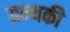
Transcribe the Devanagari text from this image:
ग्रन्थकी